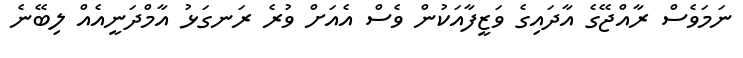
ނަމަވެސް ރާއްޖޭގެ އާދައިގެ ވަޒީފާއަކުން ވެސް އެއަށް ވުރެ ރަނގަޅު އާމްދަނީއެއް ލިބޭނެ